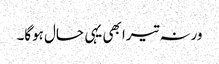
ورنہ تیرا بھی یہی حال ہوگا۔